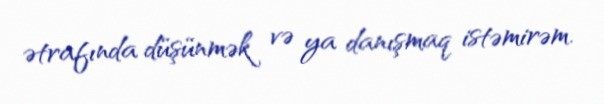
ətrafında düşünmək və ya danışmaq istəmirəm.